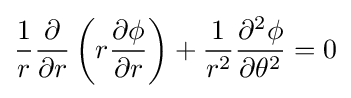
{\frac {1}{r}}{\frac {\partial }{\partial r}}\left(r{\frac {\partial \phi }{\partial r}}\right)+{\frac {1}{r^{2}}}{\frac {\partial ^{2}\phi }{\partial \theta ^{2}}}=0